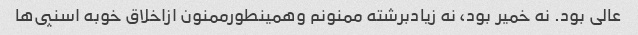
عالى بود. نه خمیر بود، نه زیادبرشته ممنونم وهمینطورممنون ازاخلاق خوبه اسنپى‌ها